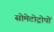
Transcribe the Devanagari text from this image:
सोमेटोट्रोपों